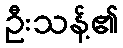
ဦးသန့်၏